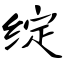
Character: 绽